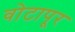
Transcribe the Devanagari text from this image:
वोटापूर